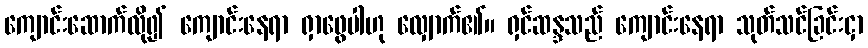
ကျောင်းဆောက်လို၍ ကျောင်းနေရာ ရှာဖွေပါဟု လျှောက်၏။ ရှင်ဆန္ဒသည် ကျောင်းနေရာ သုတ်သင်ခြင်းငှာ